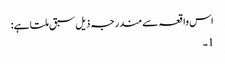
اس واقعہ سے مندرجہ ذیل سبق ملتا ہے:
1۔